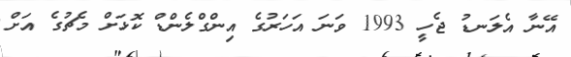
އޭނާ އެލަނޑު ޖެހީ 1993 ވަނަ އަހަރުގެ އިންގްލެންޑް ކޮޅަށް މެޗުގެ އަށް